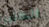
الكثير